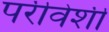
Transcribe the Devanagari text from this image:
परीवेशी